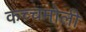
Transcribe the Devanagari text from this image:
कच्चमोली